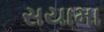
સયામા